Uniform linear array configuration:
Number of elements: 48
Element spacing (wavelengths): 1
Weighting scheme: cosine
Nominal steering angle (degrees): -45
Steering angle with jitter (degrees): -46.34
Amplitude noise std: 0.05
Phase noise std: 0.05

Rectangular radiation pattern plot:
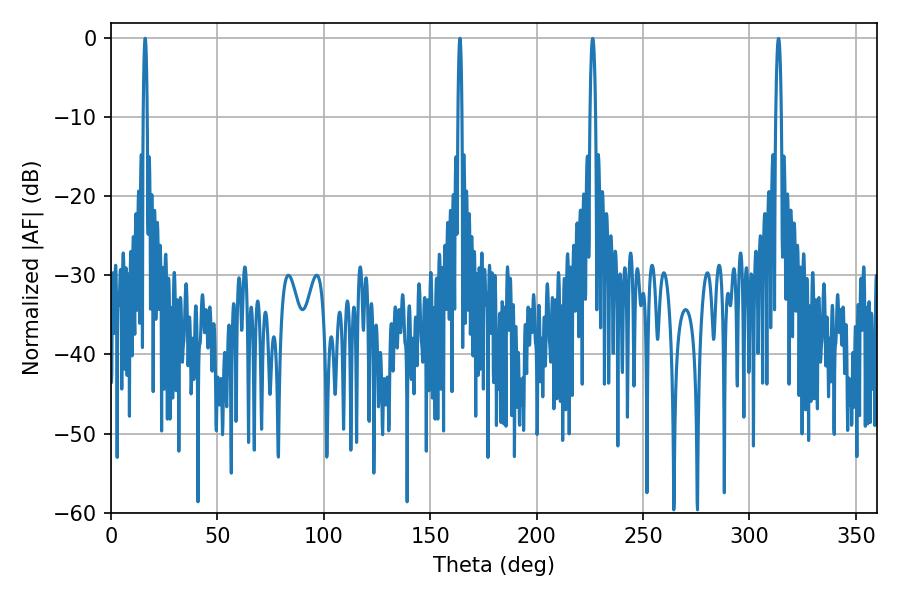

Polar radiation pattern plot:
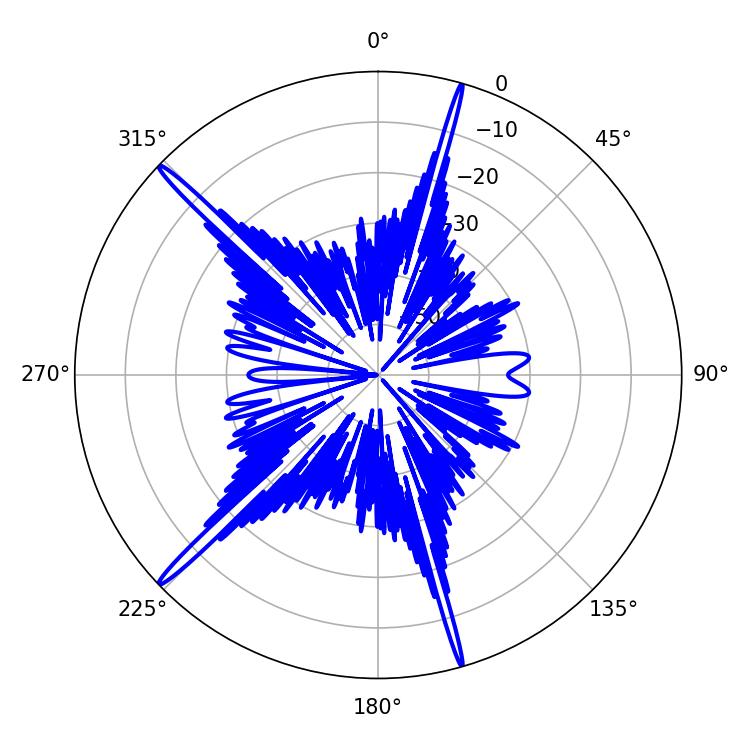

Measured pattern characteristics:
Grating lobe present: TRUE
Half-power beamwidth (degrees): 0.9
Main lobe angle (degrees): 16.02